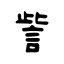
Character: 訾